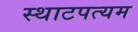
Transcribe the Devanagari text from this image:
स्थाटपत्यम